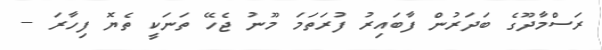
ރަސްމާދޫގެ ބަދަރުން ފާބައިރު ފުރަތަމަ މޫނު ޖެހޭ ތަނަކީ ތެޔޮ ފިހާރަ --